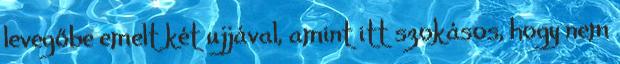
levegőbe emelt két ujjával, amint itt szokásos, hogy nem